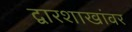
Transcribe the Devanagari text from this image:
द्वारशाखांवर